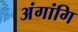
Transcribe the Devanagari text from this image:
अंगांगि